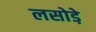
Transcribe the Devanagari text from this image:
लसोडे़